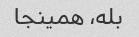
بله، همینجا